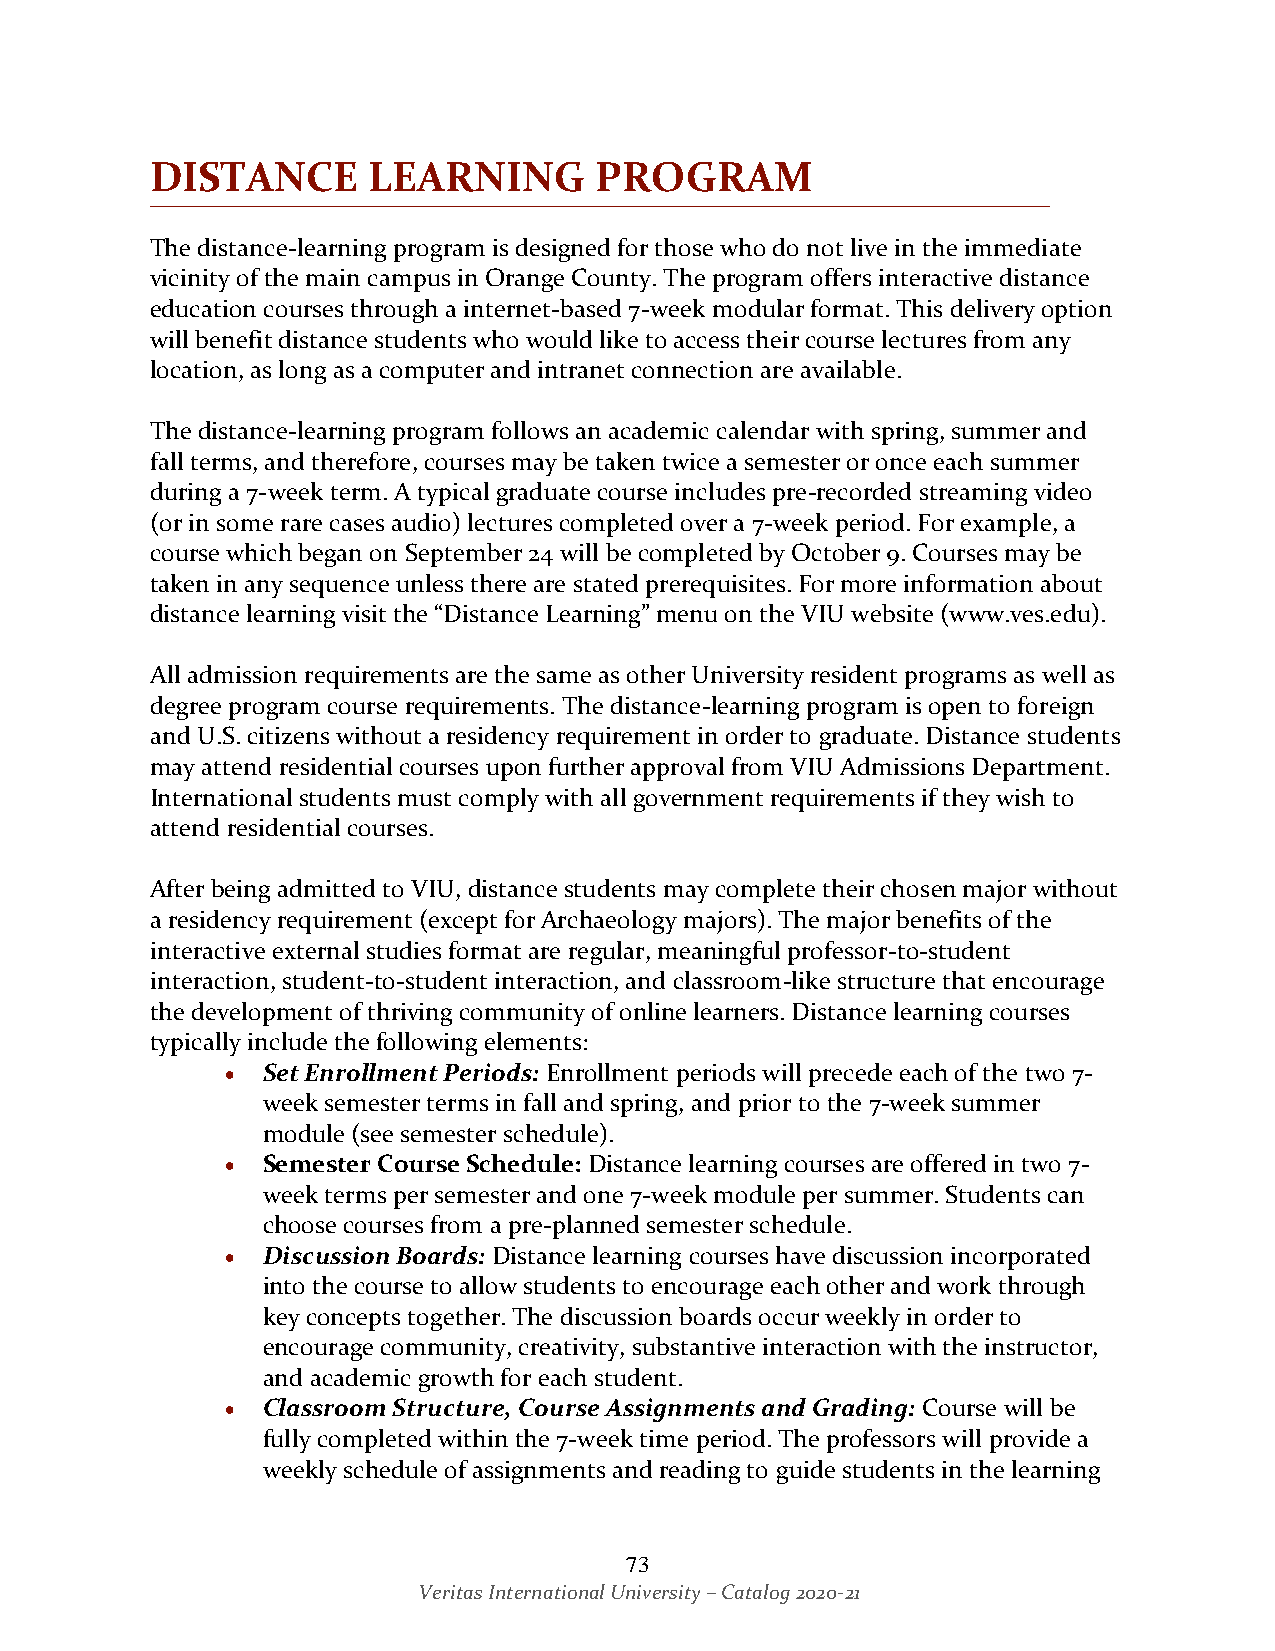
DISTANCE      LEARNING       PROGRAM
 The distance-learning program is designed for those who do not live in the immediate
 vicinity of the main campus in Orange County. The program offers interactive distance
 education courses through a internet-based 7-week modular format. This delivery option
 will benefit distance students who would like to access their course lectures from any
 location, as long as a computer and intranet connection are available.
 The distance-learning program follows an academic calendar with spring, summer and
 fall terms, and therefore, courses may be taken twice a semester or once each summer
 during a 7-week term. A typical graduate course includes pre-recorded streaming video
 (or in some rare cases audio) lectures completed over a 7-week period. For example, a
 course which began on September 24 will be completed by October 9. Courses may be
 taken in any sequence unless there are stated prerequisites. For more information about
 distance learning visit the “Distance Learning” menu on the VIU website (www.ves.edu).
 All admission requirements are the same as other University resident programs as well as
 degree program course requirements. The distance-learning program is open to foreign
 and U.S. citizens without a residency requirement in order to graduate. Distance students
 may attend residential courses upon further approval from VIU Admissions Department.
 International students must comply with all government requirements if they wish to
 attend residential courses.
 After being admitted to VIU, distance students may complete their chosen major without
 a residency requirement (except for Archaeology majors). The major benefits of the
 interactive external studies format are regular, meaningful professor-to-student
 interaction, student-to-student interaction, and classroom-like structure that encourage
 the development of thriving community of online learners. Distance learning courses
 typically include the following elements:
 • Set Enrollment Periods: Enrollment periods will precede each of the two 7-
 week semester terms in fall and spring, and prior to the 7-week summer
 module (see semester schedule).
 • Semester Course Schedule: Distance learning courses are offered in two 7-
 week terms per semester and one 7-week module per summer. Students can
 choose courses from a pre-planned semester schedule.
 • Discussion Boards: Distance learning courses have discussion incorporated
 into the course to allow students to encourage each other and work through
 key concepts together. The discussion boards occur weekly in order to
 encourage community, creativity, substantive interaction with the instructor,
 and academic growth for each student.
 • Classroom Structure, Course Assignments and Grading: Course will be
 fully completed within the 7-week time period. The professors will provide a
 weekly schedule of assignments and reading to guide students in the learning
 73
 Veritas International University – Catalog 2020-21